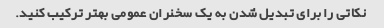
نکاتی را برای تبدیل شدن به یک سخنران عمومی بهتر ترکیب کنید.